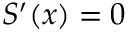
S ^ { \prime } ( x ) = 0